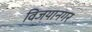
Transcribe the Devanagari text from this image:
विजयानगर